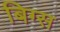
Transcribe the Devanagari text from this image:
बिग्स